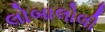
લોબાલોલી